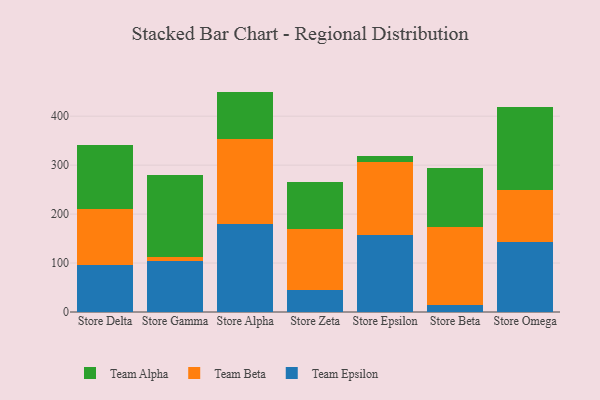
{"axis": {"x": "Store", "y": "Bounce Rate (%)"}, "legend": ["Team Alpha", "Team Beta", "Team Epsilon"], "data": [{"x": "Store Delta", "y": 96.1, "type": "Team Epsilon"}, {"x": "Store Delta", "y": 113.5, "type": "Team Beta"}, {"x": "Store Delta", "y": 131.5, "type": "Team Alpha"}, {"x": "Store Gamma", "y": 103.4, "type": "Team Epsilon"}, {"x": "Store Gamma", "y": 9.0, "type": "Team Beta"}, {"x": "Store Gamma", "y": 168.2, "type": "Team Alpha"}, {"x": "Store Alpha", "y": 179.5, "type": "Team Epsilon"}, {"x": "Store Alpha", "y": 174.9, "type": "Team Beta"}, {"x": "Store Alpha", "y": 95.8, "type": "Team Alpha"}, {"x": "Store Zeta", "y": 45.5, "type": "Team Epsilon"}, {"x": "Store Zeta", "y": 124.9, "type": "Team Beta"}, {"x": "Store Zeta", "y": 96.0, "type": "Team Alpha"}, {"x": "Store Epsilon", "y": 156.7, "type": "Team Epsilon"}, {"x": "Store Epsilon", "y": 149.7, "type": "Team Beta"}, {"x": "Store Epsilon", "y": 13.0, "type": "Team Alpha"}, {"x": "Store Beta", "y": 13.9, "type": "Team Epsilon"}, {"x": "Store Beta", "y": 160.3, "type": "Team Beta"}, {"x": "Store Beta", "y": 120.9, "type": "Team Alpha"}, {"x": "Store Omega", "y": 143.5, "type": "Team Epsilon"}, {"x": "Store Omega", "y": 105.9, "type": "Team Beta"}, {"x": "Store Omega", "y": 169.6, "type": "Team Alpha"}]}